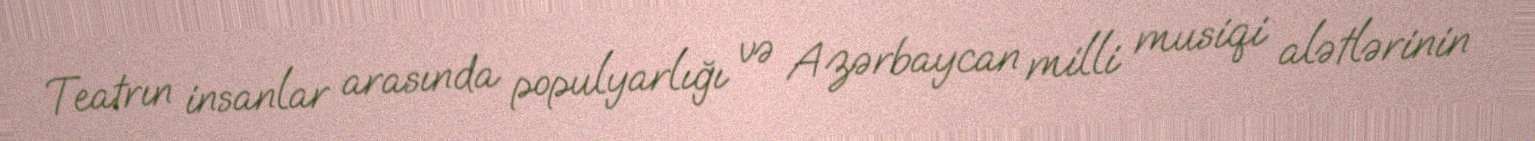
Teatrın insanlar arasında populyarlığı və Azərbaycan milli musiqi alətlərinin